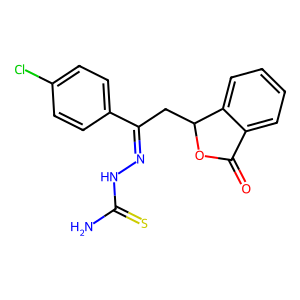
SMILES: NC(=S)NN=C(CC1OC(=O)c2ccccc21)c1ccc(Cl)cc1
Inhibits HIV replication: No